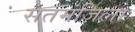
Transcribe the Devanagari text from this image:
सतमंज़िला